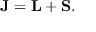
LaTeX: \mathbf { J } = \mathbf { L } + \mathbf { S } .